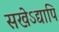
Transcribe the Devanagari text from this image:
सखेऽद्यापि